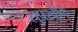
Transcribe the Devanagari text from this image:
सुपरवीक